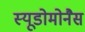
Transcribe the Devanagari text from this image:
स्यूडोमोनैस